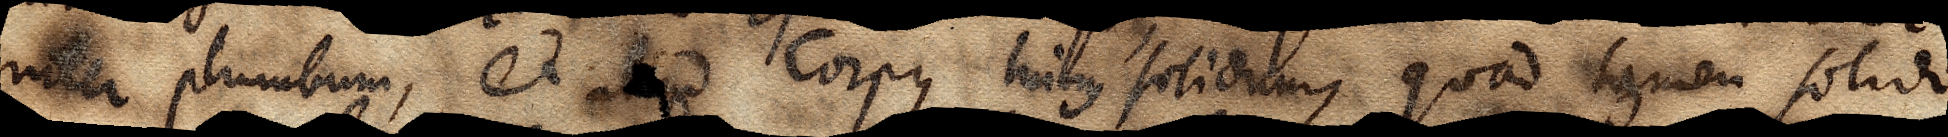
inter plumbum, et aliud Corpus minus solidum, quod tamen solido